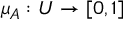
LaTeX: \mu _ { A } : U \to [ 0 , 1 ]